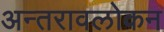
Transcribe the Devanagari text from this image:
अन्तरावलोकन